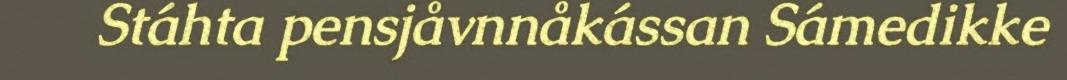
Stáhta pensjåvnnåkássan Sámedikke